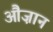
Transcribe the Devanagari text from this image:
औज़ान